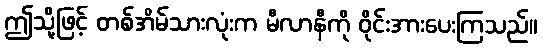
ဤသို့ဖြင့် တစ်အိမ်သားလုံးက မီလာနီကို ဝိုင်းအားပေးကြသည်။